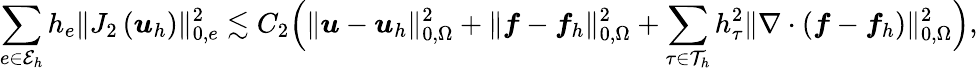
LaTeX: \sum_{e\in\mathcal{E}_{h}}h_{e}\| J_{2}\left(\boldsymbol{u}_{h}\right)\| _{0,e}^{2}\lesssim C_{2}\Big(\| \boldsymbol{u}-\boldsymbol{u}_{h}\| _{0,\Omega}^{2}+\| \boldsymbol{f}-\boldsymbol{f}_{h}\| _{0,\Omega}^{2}+\sum_{\tau\in\mathcal{T}_{h}}h_{\tau}^{2}\| \nabla\cdot\left(\boldsymbol{f}-\boldsymbol{f}_{h}\right)\| _{0,\Omega}^{2}\Big),